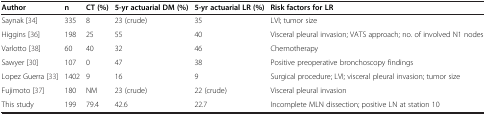
<table><thead><tr><td><b>Author</b></td><td><b>n</b></td><td><b>CT (%)</b></td><td><b>5-yr actuarial DM (%)</b></td><td><b>5-yr actuarial LR (%)</b></td><td><b>Risk factors for LR</b></td></tr></thead><tbody><tr><td>Saynak[34]</td><td>335</td><td>8</td><td>23 (crude)</td><td>35</td><td>LVI; tumor size</td></tr><tr><td>Higgins[36]</td><td>198</td><td>25</td><td>55</td><td>40</td><td>Visceral pleural invasion; VATS approach; no. of involved N1 nodes</td></tr><tr><td>Varlotto[38]</td><td>60</td><td>40</td><td>32</td><td>46</td><td>Chemotherapy</td></tr><tr><td>Sawyer[30]</td><td>107</td><td>0</td><td>47</td><td>38</td><td>Positive preoperative bronchoscopy findings</td></tr><tr><td>Lopez Guerra[33]</td><td>1402</td><td>9</td><td>16</td><td>9</td><td>Surgical procedure; LVI; visceral pleural invasion; tumor size</td></tr><tr><td>Fujimoto[37]</td><td>180</td><td>NM</td><td>23 (crude)</td><td>22 (crude)</td><td>Visceral pleural invasion</td></tr><tr><td>This study</td><td>199</td><td>79.4</td><td>42.6</td><td>22.7</td><td>Incomplete MLN dissection; positive LN at station 10</td></tr></tbody></table>